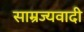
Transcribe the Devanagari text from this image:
साम्रज्यवादी